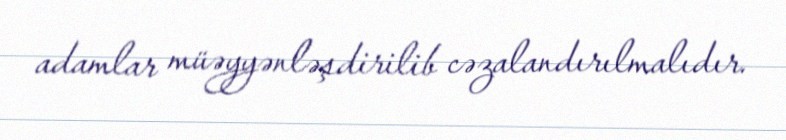
adamlar müəyyənləşdirilib cəzalandırılmalıdır.